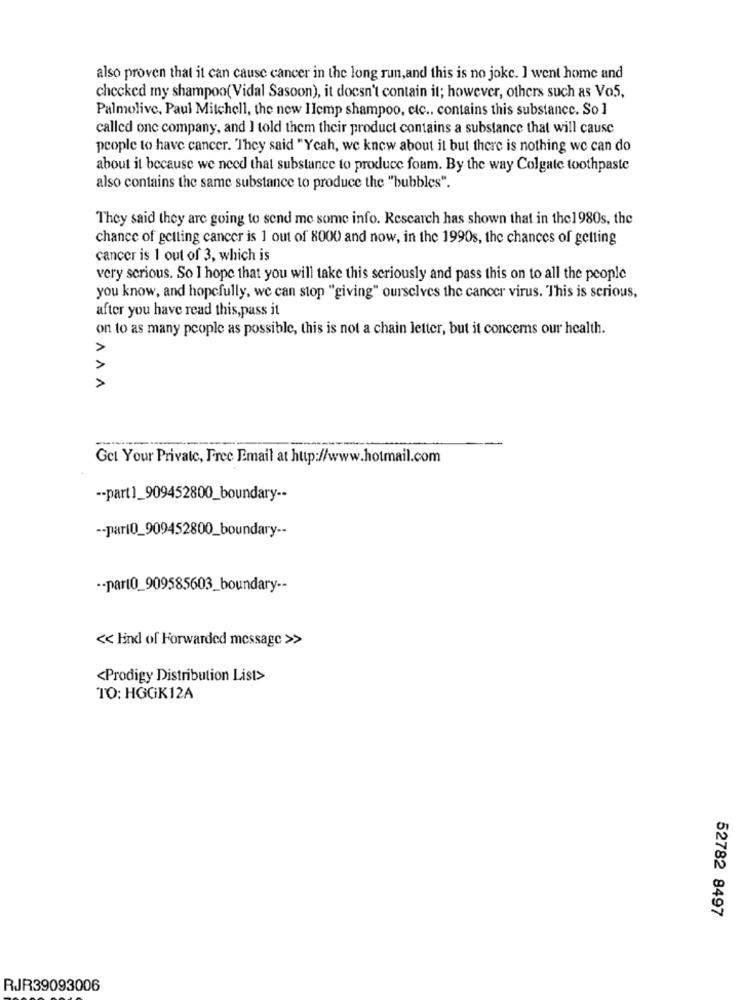
also proven that it can cause cancer in the long run,and this is no joke. ] went home and
checked my shampoo(Vidal Sasoon), it doesn't contain it; however, others such as Vo5,
Palmolive, Paul Mitchell, the new Ilemp shampoo, etc .. contains this substance. So ]
called one company, and ] told them their product contains a substance that will cause
people to have cancer. They said "Yeah, we knew about it but there is nothing we can do
about it because we need that substance to produce foam. By the way Colgate toothpaste
also contains the same substance to produce the "bubbles".
They said they are going to send me some info. Research has shown that in the1980s, the
chance of getting cancer is 1 out of 8000 and now, in the 1990s, the chances of getting
cancer is 1 out of 3, which is
very serious. So I hope that you will take this seriously and pass this on to all the people
you know, and hopefully, we can stop "giving" ourselves the cancer virus. This is serious,
after you have read this,pass it
on to as many people as possible, this is not a chain letter, but it concems our health.
ANI
Get Your Private, Free Email at http://www.hotmail.com
-- part]_909452800_boundary --
-- part0_909452800_boundary --
-- part0_909585603_boundary --
<< End of Forwarded message >>
<Prodigy Distribution List>
TO: HGGK12A
52782 8497
RJR39093006